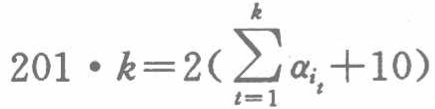
\(201\cdot k = 2(\sum_{i = 1}^{k} \alpha_{i_{t}}+10)\)